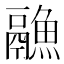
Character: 𱆏